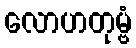
လောဟတုမ္ဗံ